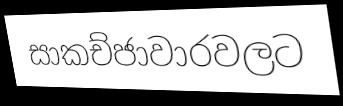
සාකච්ජාවාරවලට